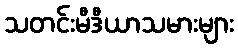
သတင်းမီဒီယာသမားများ